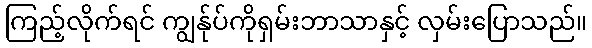
ကြည့်လိုက်ရင် ကျွန်ုပ်ကိုရှမ်းဘာသာနှင့် လှမ်းပြောသည်။